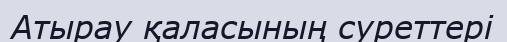
Атырау қаласының суреттері